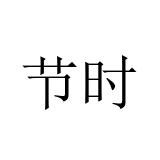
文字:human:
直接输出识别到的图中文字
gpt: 节时